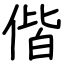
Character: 偕